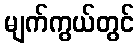
မျက်ကွယ်တွင်